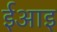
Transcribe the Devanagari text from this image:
ईआइ